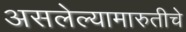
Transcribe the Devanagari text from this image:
असलेल्यामारुतीचे